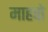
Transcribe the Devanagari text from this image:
माहवो